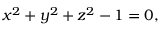
x ^ { 2 } + y ^ { 2 } + z ^ { 2 } - 1 = 0 ,